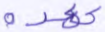
عهده